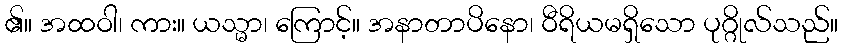
၏။ အထဝါ၊ ကား။ ယသ္မာ၊ ကြောင့်။ အနာတာပိနော၊ ဝီရိယမရှိသော ပုဂ္ဂိုလ်သည်။